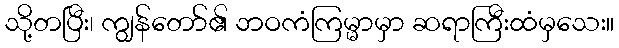
သို့တပြီး၊ ကျွန်တော်၏ ဘဝကံကြမ္မာမှာ ဆရာကြီးထံမှသေး။